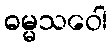
ဓမ္မသဝေါ